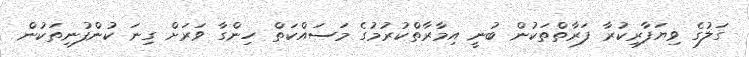
ގަލުގެ ވިޔަފާރިކުރާ ފަރާތްތަކުން ބުނީ އިމާރާތްކުރުމުގެ މަސައްކަތް ހިންގާ ވަރަށް ގިނަ ކުންފުނިތަކުން